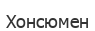
Хонсюмен